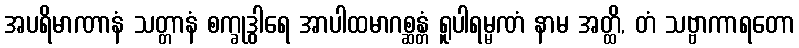
အပရိမာဏာနံ သတ္တာနံ စက္ခုဒွါရေ အာပါထမာဂစ္ဆန္တံ ရူပါရမ္မဏံ နာမ အတ္ထိ, တံ သဗ္ဗာကာရတော